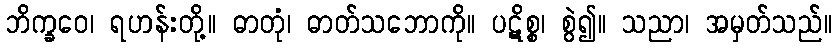
ဘိက္ခဝေ၊ ရဟန်းတို့။ ဓာတုံ၊ ဓာတ်သဘောကို။ ပဋိစ္စ၊ စွဲ၍။ သညာ၊ အမှတ်သည်။